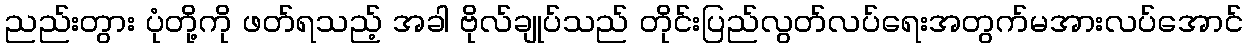
ညည်းတွား ပုံတို့ကို ဖတ်ရသည့် အခါ ဗိုလ်ချုပ်သည် တိုင်းပြည်လွတ်လပ်ရေးအတွက်မအားလပ်အောင်